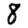
Digit: 8